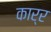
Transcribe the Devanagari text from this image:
कार्र